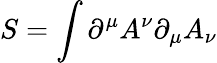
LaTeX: S=\int\partial^{\mu}A^{\nu}\partial_{\mu}A_{\nu}